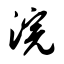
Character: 浣